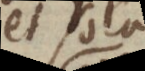
et sola